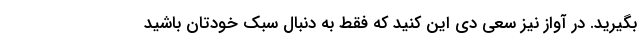
بگیرید. در آواز نیز سعی دی این کنید که فقط به دنبال سبک خودتان باشید